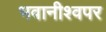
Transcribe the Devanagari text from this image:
भवानीश्वपर